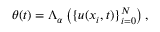
\theta ( t ) = \Lambda _ { \alpha } \left( \{ u ( x _ { i } , t ) \} _ { i = 0 } ^ { N } \right) ,